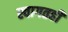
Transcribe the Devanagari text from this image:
स्वागतही